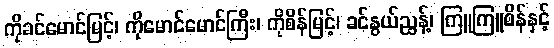
ကိုခင်မောင်မြင့်၊ ကိုမောင်မောင်ကြီး၊ ကိုစိန်မြင့်၊ ခင်နွယ်ညွန့်၊ ကြူကြူစိန်နှင့်